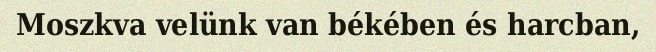
Moszkva velünk van békében és harcban,